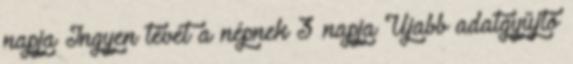
napja Ingyen tévét a népnek 3 napja Újabb adatgyűjtő